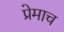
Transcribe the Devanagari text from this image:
प्रेमाच